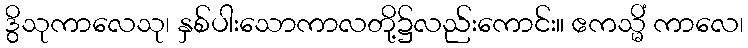
ဒွိသုကာလေသု၊ နှစ်ပါးသောကာလတို့၌လည်းကောင်း။ ဧကသ္မိံ ကာလေ၊